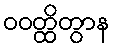
ဝဝတ္ထိတွာန